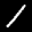
Label: 1